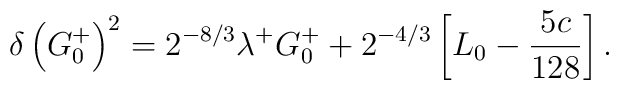
\delta\left(G^+_0\right)^2=2^{-8/3}\lambda^+ G^+_0	+2^{-4/3} \left[L_0-{5c\over128}\right] .